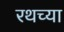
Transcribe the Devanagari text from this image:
रथच्या